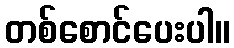
တစ်စောင်ပေးပါ။